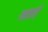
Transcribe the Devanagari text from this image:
गाताड़े